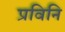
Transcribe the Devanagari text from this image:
प्रविनि